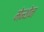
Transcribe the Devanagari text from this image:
मेन्थोन